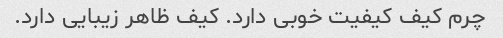
چرم کیف کیفیت خوبی دارد. کیف ظاهر زیبایی دارد.